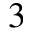
^ 3